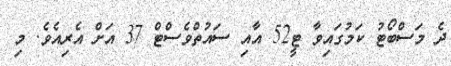
ދެ މަސްބޯޓު ކަމުގައިވާ ޓީ52 އާއި ސައުތްވެސްޓް 37 އަށް އެރިއެވެ. މި